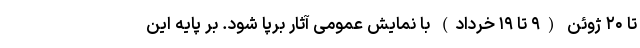
تا ۲۰ ژوئن (۹ تا ۱۹ خرداد) با نمایش عمومی آثار برپا شود. بر پایه این